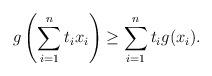
LaTeX: \begin{align*}g\left(\sum^{n}_{i=1}t_{i}x_{i}\right)\geq \sum^{n}_{i=1}t_{i}g(x_{i}).\end{align*}